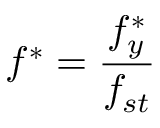
f ^ { * } = \frac { f _ { y } ^ { * } } { f _ { s t } }